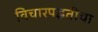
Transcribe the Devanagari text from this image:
विचारपद्धतीचा